Triennial report on the lunatic asylums in the province of Eastern Bengal and Assam - 1903-1911
Year: 1903
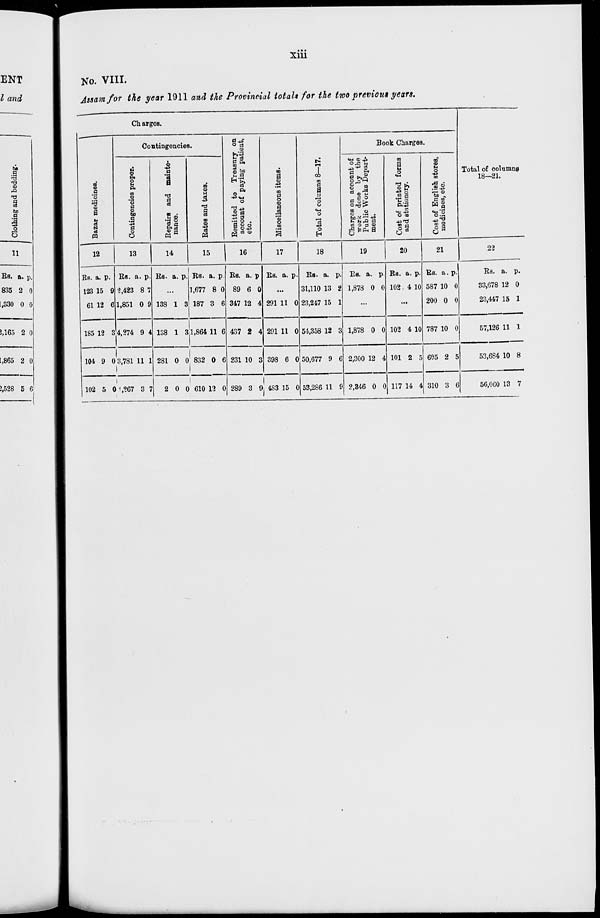
xiii
No. VIII.
Assam for the year 1911 and the Provincial totals for the two previous years.
Charges.
Bazar medicines.
12
Rs.
123
61
185
104
102
a.
15
12
12
9
5
p.
9
6
3
0
0
Contingencies.
Contingencies proper.
13
Rs.
2,423
1,851
4,274
3,781
1,267
a.
8
0
9
11
3
p.
7
9
4
1
7
Repairs and mainte-
nance.
14
Rs. a. p.
...
138
138
281
2
1
1
0
0
3
3
0
0
Rates
and taxes.
15
Rs.
1,677
187
1,864
832
610
a.
8
3
11
0
12
p.
0
6
6
6
0
Remitted
to Treasury on
account of paying patient,
etc.
16
Rs.
89
347
437
231
289
a.
6
12
2
10
3
p.
0
4
4
3
9
Miscellaneous items.
17
Rs. a. p.
...
291
291
398
483
11
11
6
15
0
0
0
0
Total of columns 8—17.
18
Rs.
31,110
23,247
54,358
50,677
53,286
a.
13
15
12
9
11
p.
2
1
3
6
9
Book Charges.
Charges on account of
work done by the
Public Works Depart-
ment.
19
Rs.
1,878
a.
0
p.
0
...
1,878
2,300
2,346
0
12
0
0
4
0
Cost of printed forms
and stationery.
20
Rs.
102
a.
4
p.
10
...
102
101
117
4
2
14
10
5
4
Cost of English stores,
medicines, etc.
21
Rs.
587
200
787
605
310
a.
10
0
10
2
3
p.
0
0
0
5
6
Total of columns
18—21.
22
Rs.
33,678
23,447
57,126
53,684
56,060
a.
12
15
11
10
13
p.
0
1
1
8
7